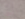
اتيتي